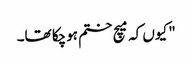
" کیوں کہ میچ ختم ہوچکا تھا۔